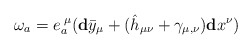
\begin{align*}\mathbf{\omega }_{a}=e_{a}^{\;\mu }(\mathbf{d}\bar{y}_{\mu }+(\hat{h}_{\mu\nu }+\gamma _{\mu ,\nu })\mathbf{d}x^{\nu })\end{align*}